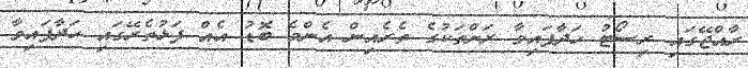
ރާއްޖޭގައި ރިސޯޓު ހަދާފައިވާ ރަށްތަކުގެ ތެރެއިން އެންމެ ބޮޑު އެއް ފަޅުތެރޭގައި ހަދާފައިވާ